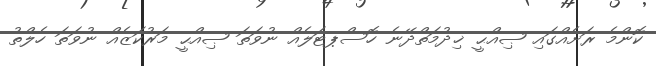
ކޮންމެ ރަށެއްގައި ޞިއްޙީ ޚިދުމަތްދޭނެ ހޮސްޕޓަލެއް ނުވަތަ ޞިއްޙީ މަރުކަޒެއް ނުވަތަ ހެލްތު